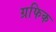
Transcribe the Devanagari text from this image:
ग्रफिक